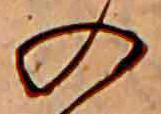
の